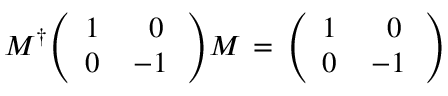
M ^ { \dagger } \Bigg ( \begin{array} { c c } { { 1 \, } } & { { \; 0 } } \\ { { 0 \, } } & { { - 1 \, } } \end{array} \Bigg ) M \, = \, \Bigg ( \begin{array} { c c } { { 1 \, } } & { { \; 0 } } \\ { { 0 \, } } & { { - 1 \, } } \end{array} \Bigg ) \,